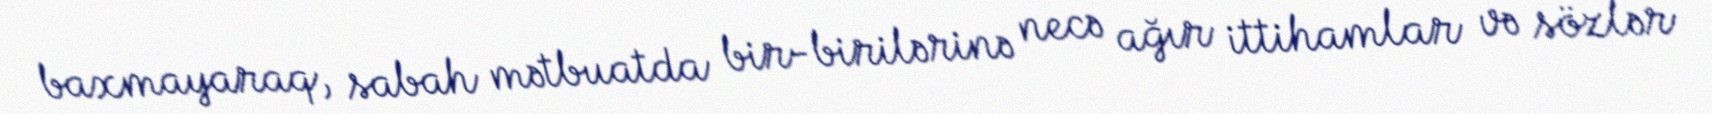
baxmayaraq, sabah mətbuatda bir-birilərinə necə ağır ittihamlar və sözlər